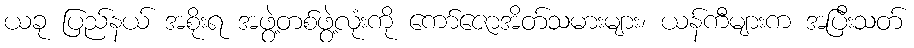
ယခု ပြည်နယ် အစိုးရ အဖွဲ့တစ်ဖွဲ့လုံးကို ကော်ဇောအိတ်သမားများ၊ ယန်ကီများက အပြီးသတ်